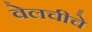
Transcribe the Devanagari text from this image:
वेलचीचे